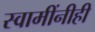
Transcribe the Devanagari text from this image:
स्वामींनीही